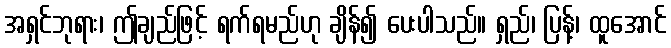
အရှင်ဘုရား၊ ဤချည်ဖြင့် ရက်ရမည်ဟု ချိန်၍ ပေးပါသည်။ ရှည်၊ ပြန့်၊ ထူအောင်